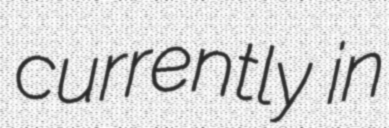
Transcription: currently in